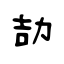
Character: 劼